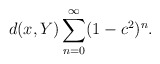
\begin{align*}d(x,Y) \sum_{n=0}^{\infty} (1-c^2)^n.\end{align*}